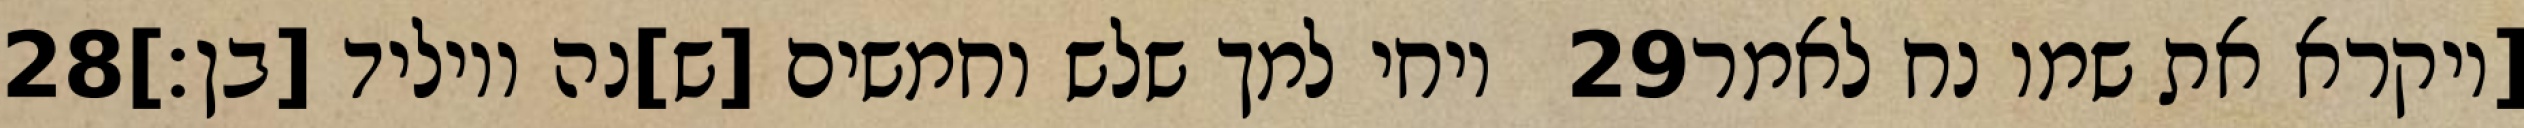
‎28‏ ויחי למך שלש וחמשים [ש]נה ויוליד [בן׃] ‎29‏ [ויקרא את שמו נח לאמר